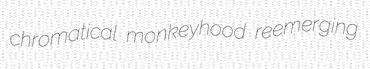
chromatical monkeyhood reemerging